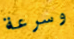
وسرعة